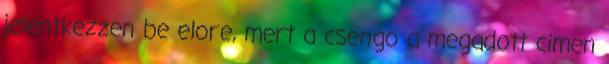
jelentkezzen be elore, mert a csengo a megadott cimen